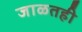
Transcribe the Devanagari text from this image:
जाळतही